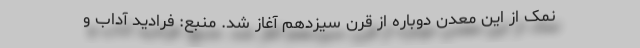
نمک از این معدن دوباره از قرن سیزدهم آغاز شد. منبع: فرادید آداب و